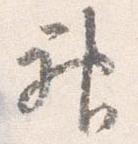
神